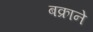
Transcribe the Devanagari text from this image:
बक्राने